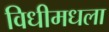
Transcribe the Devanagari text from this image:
विधीमधला